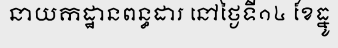
នាយកដ្ឋានពន្ធដារ នៅថ្ងៃទី១៤ ខែធ្នូ